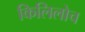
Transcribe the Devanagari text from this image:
किलिलोच